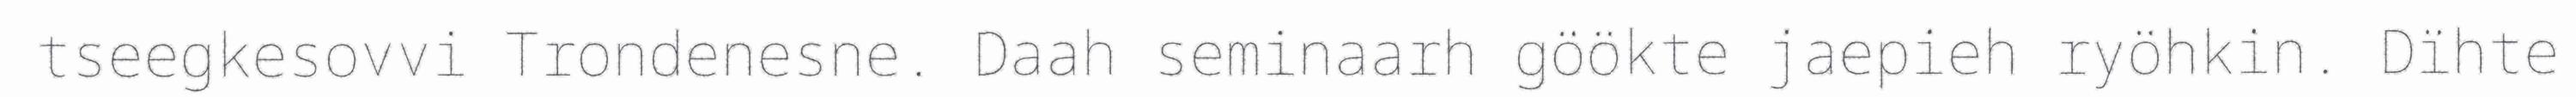
tseegkesovvi Trondenesne. Daah seminaarh göökte jaepieh ryöhkin. Dïhte